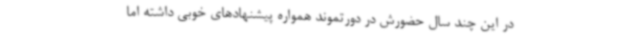
در این چند سال حضورش در دورتموند همواره پیشنهادهای خوبی داشته اما